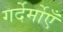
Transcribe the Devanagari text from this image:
गर्देर्मोएँ